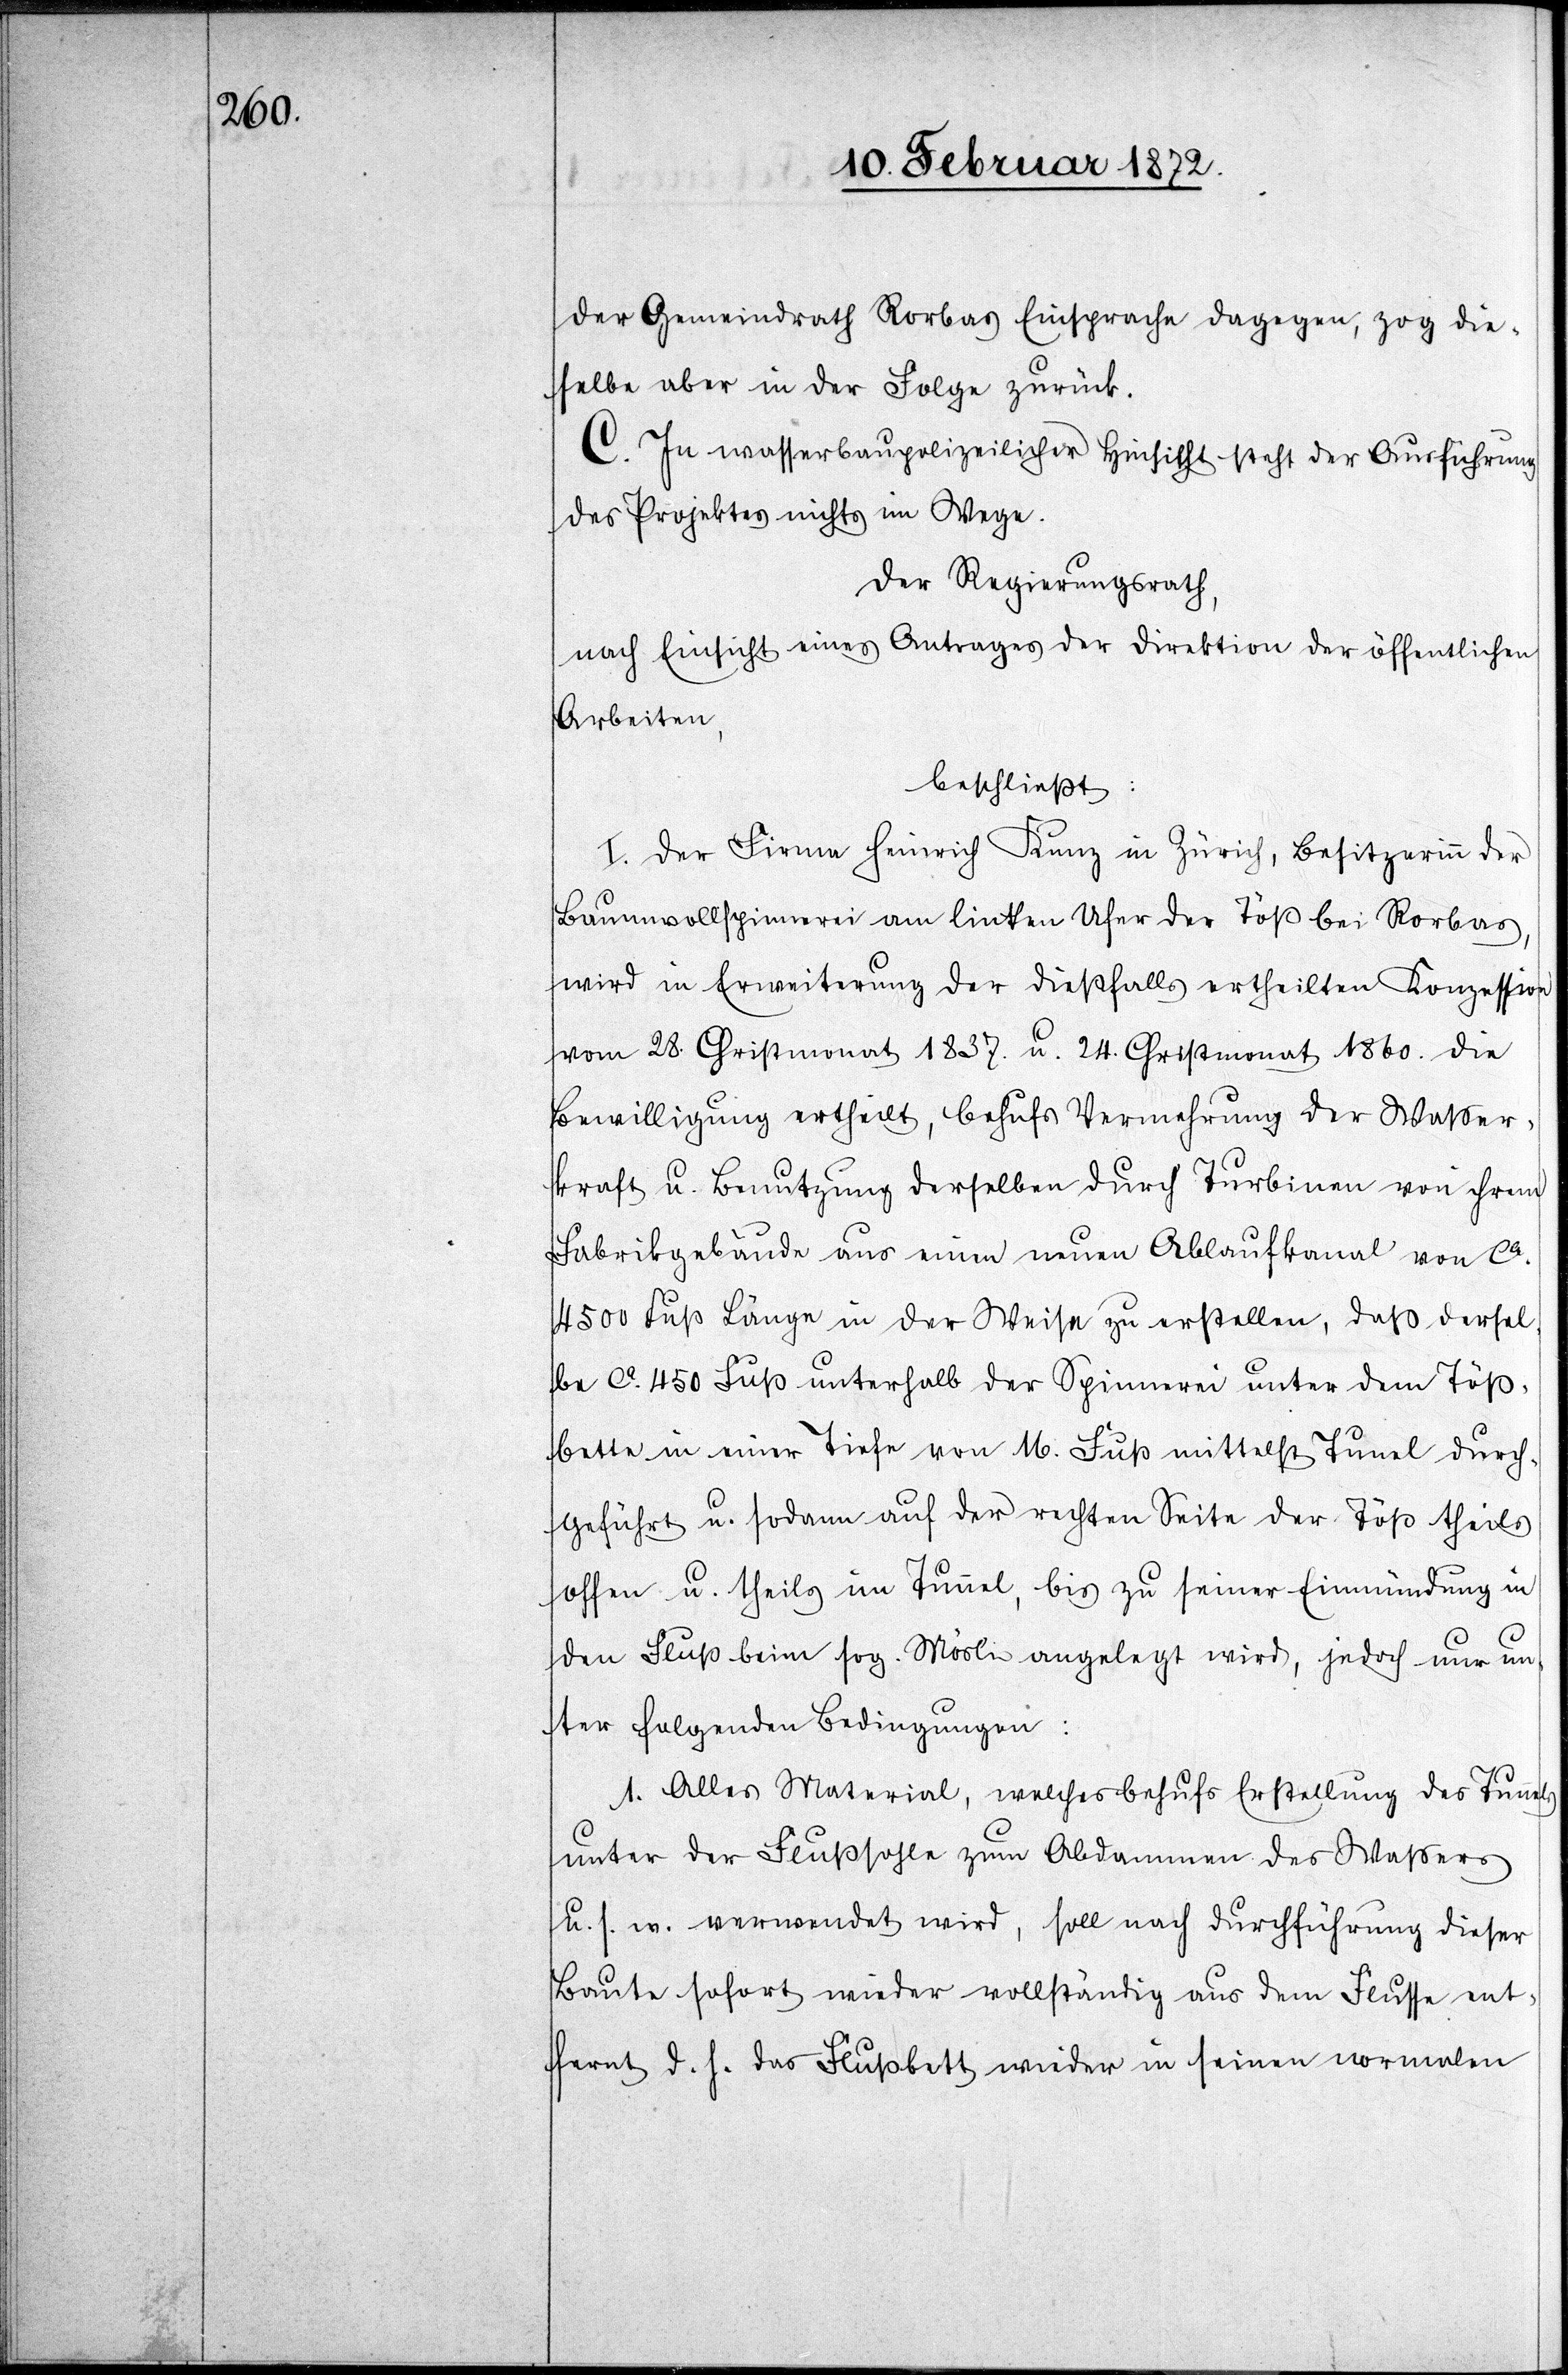
der Gemeindrath Rorbas Einsprache dagegen, zog die¬
selbe aber in der Folge zurück.
C. In wasserbaupolizeilicher Hinsicht steht der Ausführung
des Projektes nichts im Wege.
Der Regierungsrath,
nach Einsicht eines Antrages der Direktion der öffentlichen
Arbeiten,
beschließt:
I. Der Firma Heinrich Kunz in Zürich, Besitzerinn
Baumwollspinnerei am linken Ufer der Töß bei Rorbas,
wird in Erweiterung der dießfalls ertheilten Konzession
vom 28. Christmonat 1837. u. 24. Christmonat 1860. die
Bewilligung ertheilt, behufs Vermehrung der Wasser¬
kraft u. Benutzung derselben durch Turbinen von ihrem
Fabrikgebäude aus einen neuen Ablaufkanal von ca
4500 Fuß Länge in der Weise zu erstellen, daß dersel¬
be ca 450 Fuß unterhalb der Spinnerei unter dem Töß¬
bette in einer Tiefe von 16. Fuß mittelst Tunel [sic!] durch¬
geführt u. sodann auf der rechten Seite der Töß theils
offen u. theils im Tunnel, bis zu seiner Einmündung in
den Fluß beim sog. Mösli angelegt wird, jedoch nur un¬
ter folgenden Bedingungen:
1. Alles Material, welches behufs Erstellung des Tunnels
unter der Flußsohle zum Abdammen des Wassers
u. s. w. verwendet wird, soll nach Durchführung dieser
Baute sofort wieder vollständig aus dem Flusse ent¬
fernt d. h. das Flußbett wieder in seinen normalen